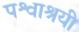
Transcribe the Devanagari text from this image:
पश्वाश्रयी